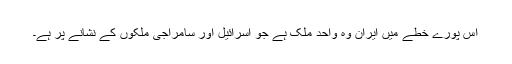
اس پورے خطے میں ایران وہ واحد ملک ہے جو اسرائیل اور سامراجی ملکوں کے نشانے پر ہے۔